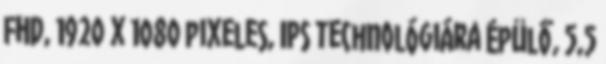
FHD, 1920 x 1080 pixeles, IPS technológiára épülő, 5,5